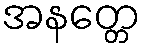
အနတ္တေ